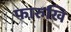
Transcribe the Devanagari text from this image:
फारुखि